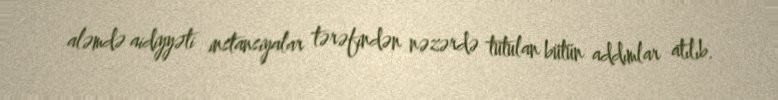
aləmdə aidiyyəti instansiyalar tərəfindən nəzərdə tutulan bütün addımlar atılıb.